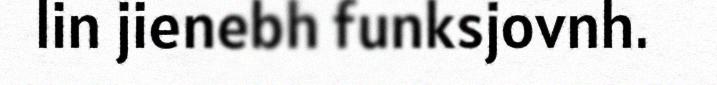
lin jienebh funksjovnh.